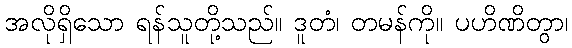
အလိုရှိသော ရန်သူတို့သည်။ ဒူတံ၊ တမန်ကို။ ပဟိဏိတွာ၊